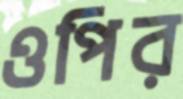
ওপির